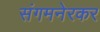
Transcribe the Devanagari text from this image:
संगमनेरकर